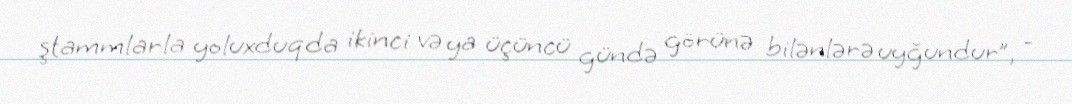
ştammlarla yoluxduqda ikinci və ya üçüncü gündə görünə bilənlərə uyğundur”, -